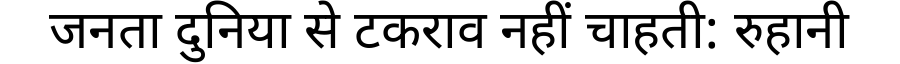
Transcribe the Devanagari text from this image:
जनता दुनिया से टकराव नहीं चाहती: रुहानी